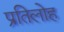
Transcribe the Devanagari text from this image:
प्रतिलोह